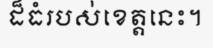
ដ៏ធំរបស់ខេត្តនេះ។